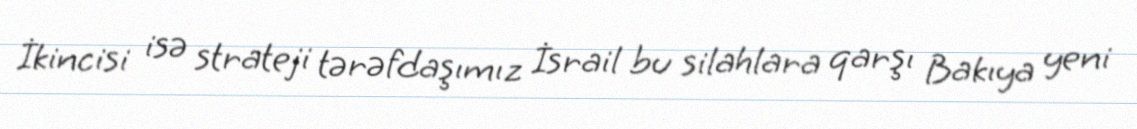
İkincisi isə strateji tərəfdaşımız İsrail bu silahlara qarşı Bakıya yeni